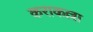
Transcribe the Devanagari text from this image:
कराकल्ला